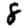
Digit: 8